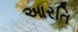
આરતિ